Lunatic asylums Central Provinces reports 1895-1909 - 1895-1909
Year: 1895
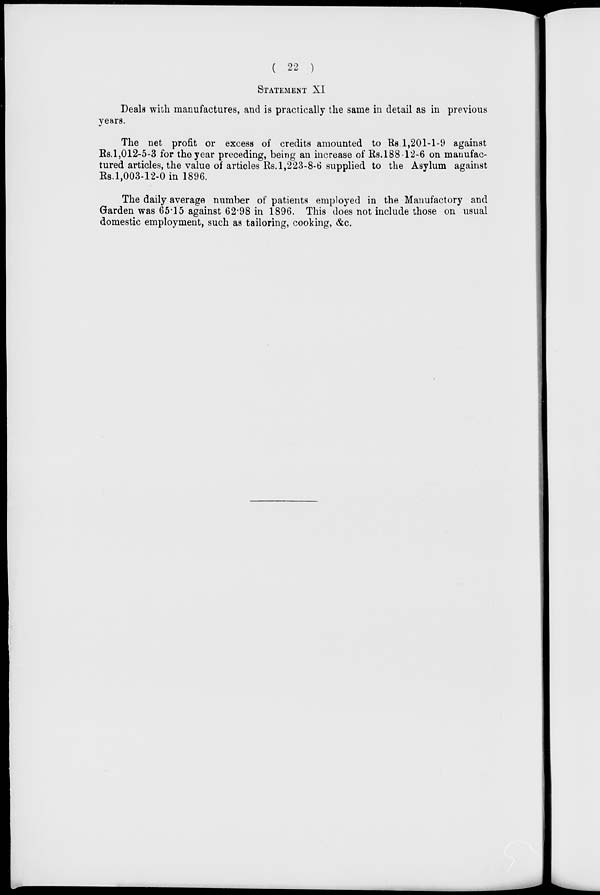
( 22 )
STATEMENT XI
Deals with manufactures, and is practically the same in detail as in previous
years.
The net profit or excess of credits amounted to Rs. 1,201-1-9 against
Rs.1,012-5-3 for the year preceding, being an increase of Rs.188-12-6 on manufac-
tured articles, the value of articles Rs. 1,223-8-6 supplied to the Asylum against
Rs.1,003-12-0 in 1896.
The daily average number of patients employed in the Manufactory and
Garden was 65.15 against 62.98 in 1896. This does not include those on usual
domestic employment, such as tailoring, cooking, &c.